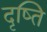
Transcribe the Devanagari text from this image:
दृष्ति